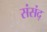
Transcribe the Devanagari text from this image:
संसंद्